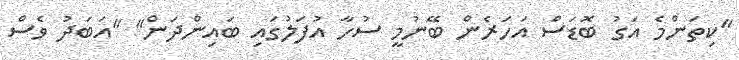
"ކިތަންމެ އަގު ބޮޑަސް އަހަރެން ބޭނުމީ ސުހާ އުފަލުގައި ބައިންދަން" "އަބަދު ވެސް